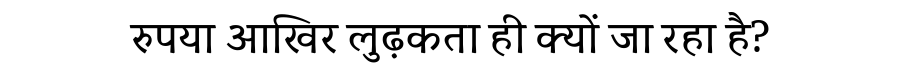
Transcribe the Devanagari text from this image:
रुपया आखिर लुढ़कता ही क्यों जा रहा है?